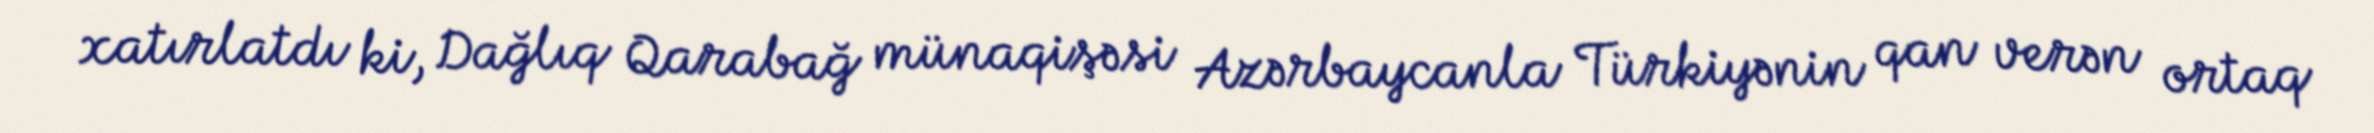
xatırlatdı ki, Dağlıq Qarabağ münaqişəsi Azərbaycanla Türkiyənin qan verən ortaq